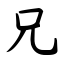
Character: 兄